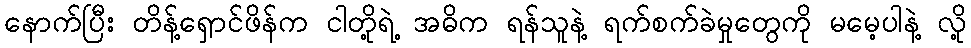
နောက်ပြီး တိန့်ရှောင်ဖိန်က ငါတို့ရဲ့ အဓိက ရန်သူနဲ့ ရက်စက်ခဲမှုတွေကို မမေ့ပါနဲ့ လို့